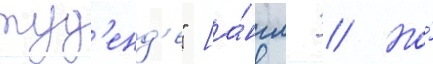
туд'енд'е" [а́нгл. // Но́